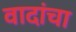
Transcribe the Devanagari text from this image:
वादांचा